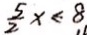
\frac { 5 } { 2 } x < 8